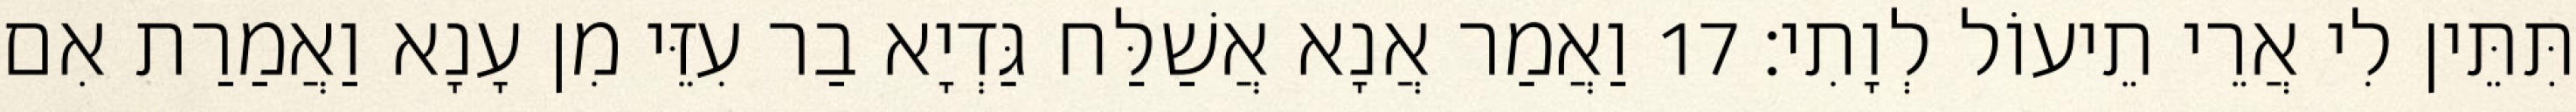
תִּתֵּין לִי אֲרֵי תֵיעוֹל לְוָתִי׃ 17 וַאֲמַר אֲנָא אֲשַׁלַּח גַּדְיָא בַר עִזֵּי מִן עָנָא וַאֲמַרַת אִם